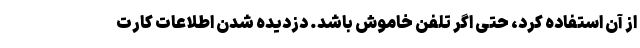
از آن استفاده کرد، حتی اگر تلفن خاموش باشد. دزدیده شدن اطلاعات کارت